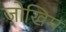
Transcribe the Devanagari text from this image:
ज़ोखिम